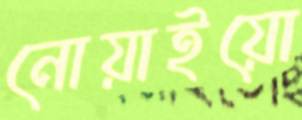
নোয়াইয়ো